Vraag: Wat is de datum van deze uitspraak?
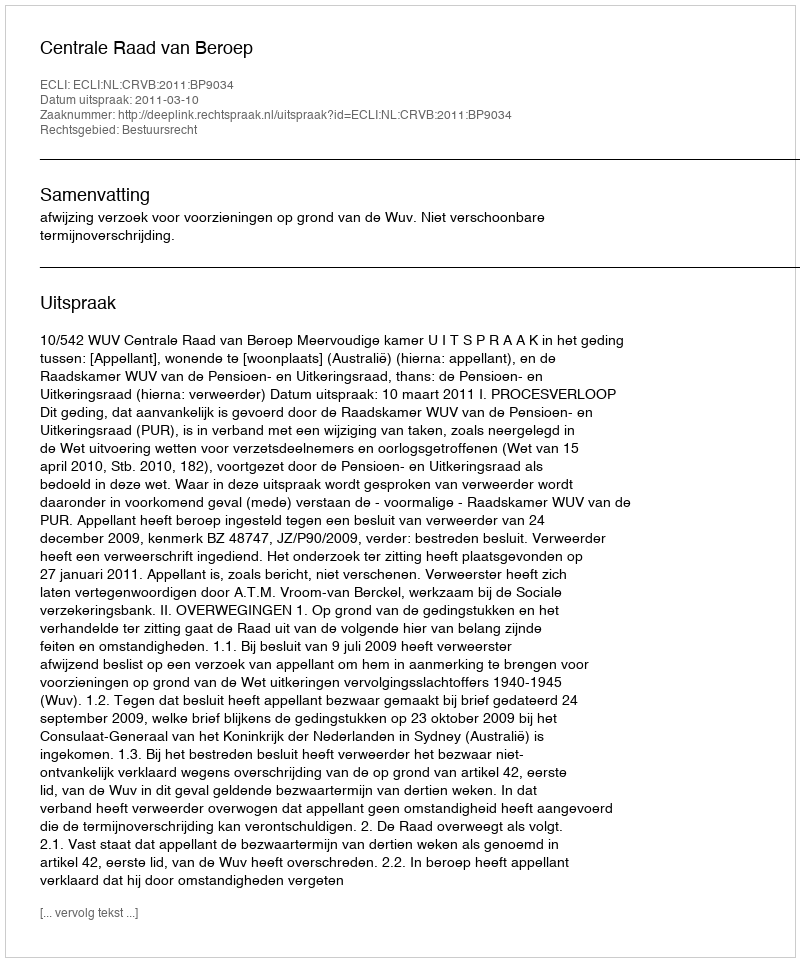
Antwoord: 2011-03-10